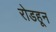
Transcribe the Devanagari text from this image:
रोडहून